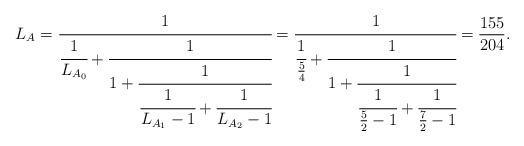
LaTeX: \begin{align*}L_{A}=\cfrac{1}{\cfrac{1}{L_{A_0}}+\cfrac{1}{ 1+ \cfrac{1}{\cfrac{1}{L_{A_1}-1}+\cfrac{1}{L_{A_2}-1}} }}=\cfrac{1}{\cfrac{1}{\frac{5}{4}}+\cfrac{1}{ 1+ \cfrac{1}{\cfrac{1}{\frac{5}{2}-1}+\cfrac{1}{\frac{7}{2}-1}} }}=\frac{155}{204}.\end{align*}